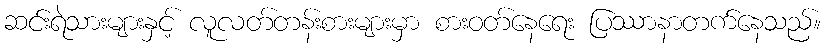
ဆင်းရဲသားများနှင့် လူလတ်တန်းစားများမှာ စားဝတ်နေရေး ပြဿာနာတက်နေသည်။